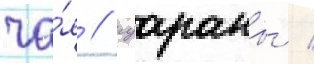
ча́я / гуараны /